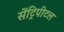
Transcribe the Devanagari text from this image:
सेंट्रिपीटल